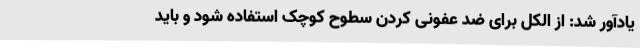
یادآور شد: از الکل برای ضد عفونی کردن سطوح کوچک استفاده شود و باید